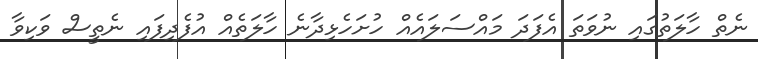
ނެތް ހާލަތުގައި ނުވަތަ އެފަދަ މައްސަލައެއް ހުށަހެޅިދާނެ ހާލަތެއް އުފެދިފައި ނެތީސް ވަކިވާ